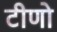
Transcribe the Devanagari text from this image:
टीणो